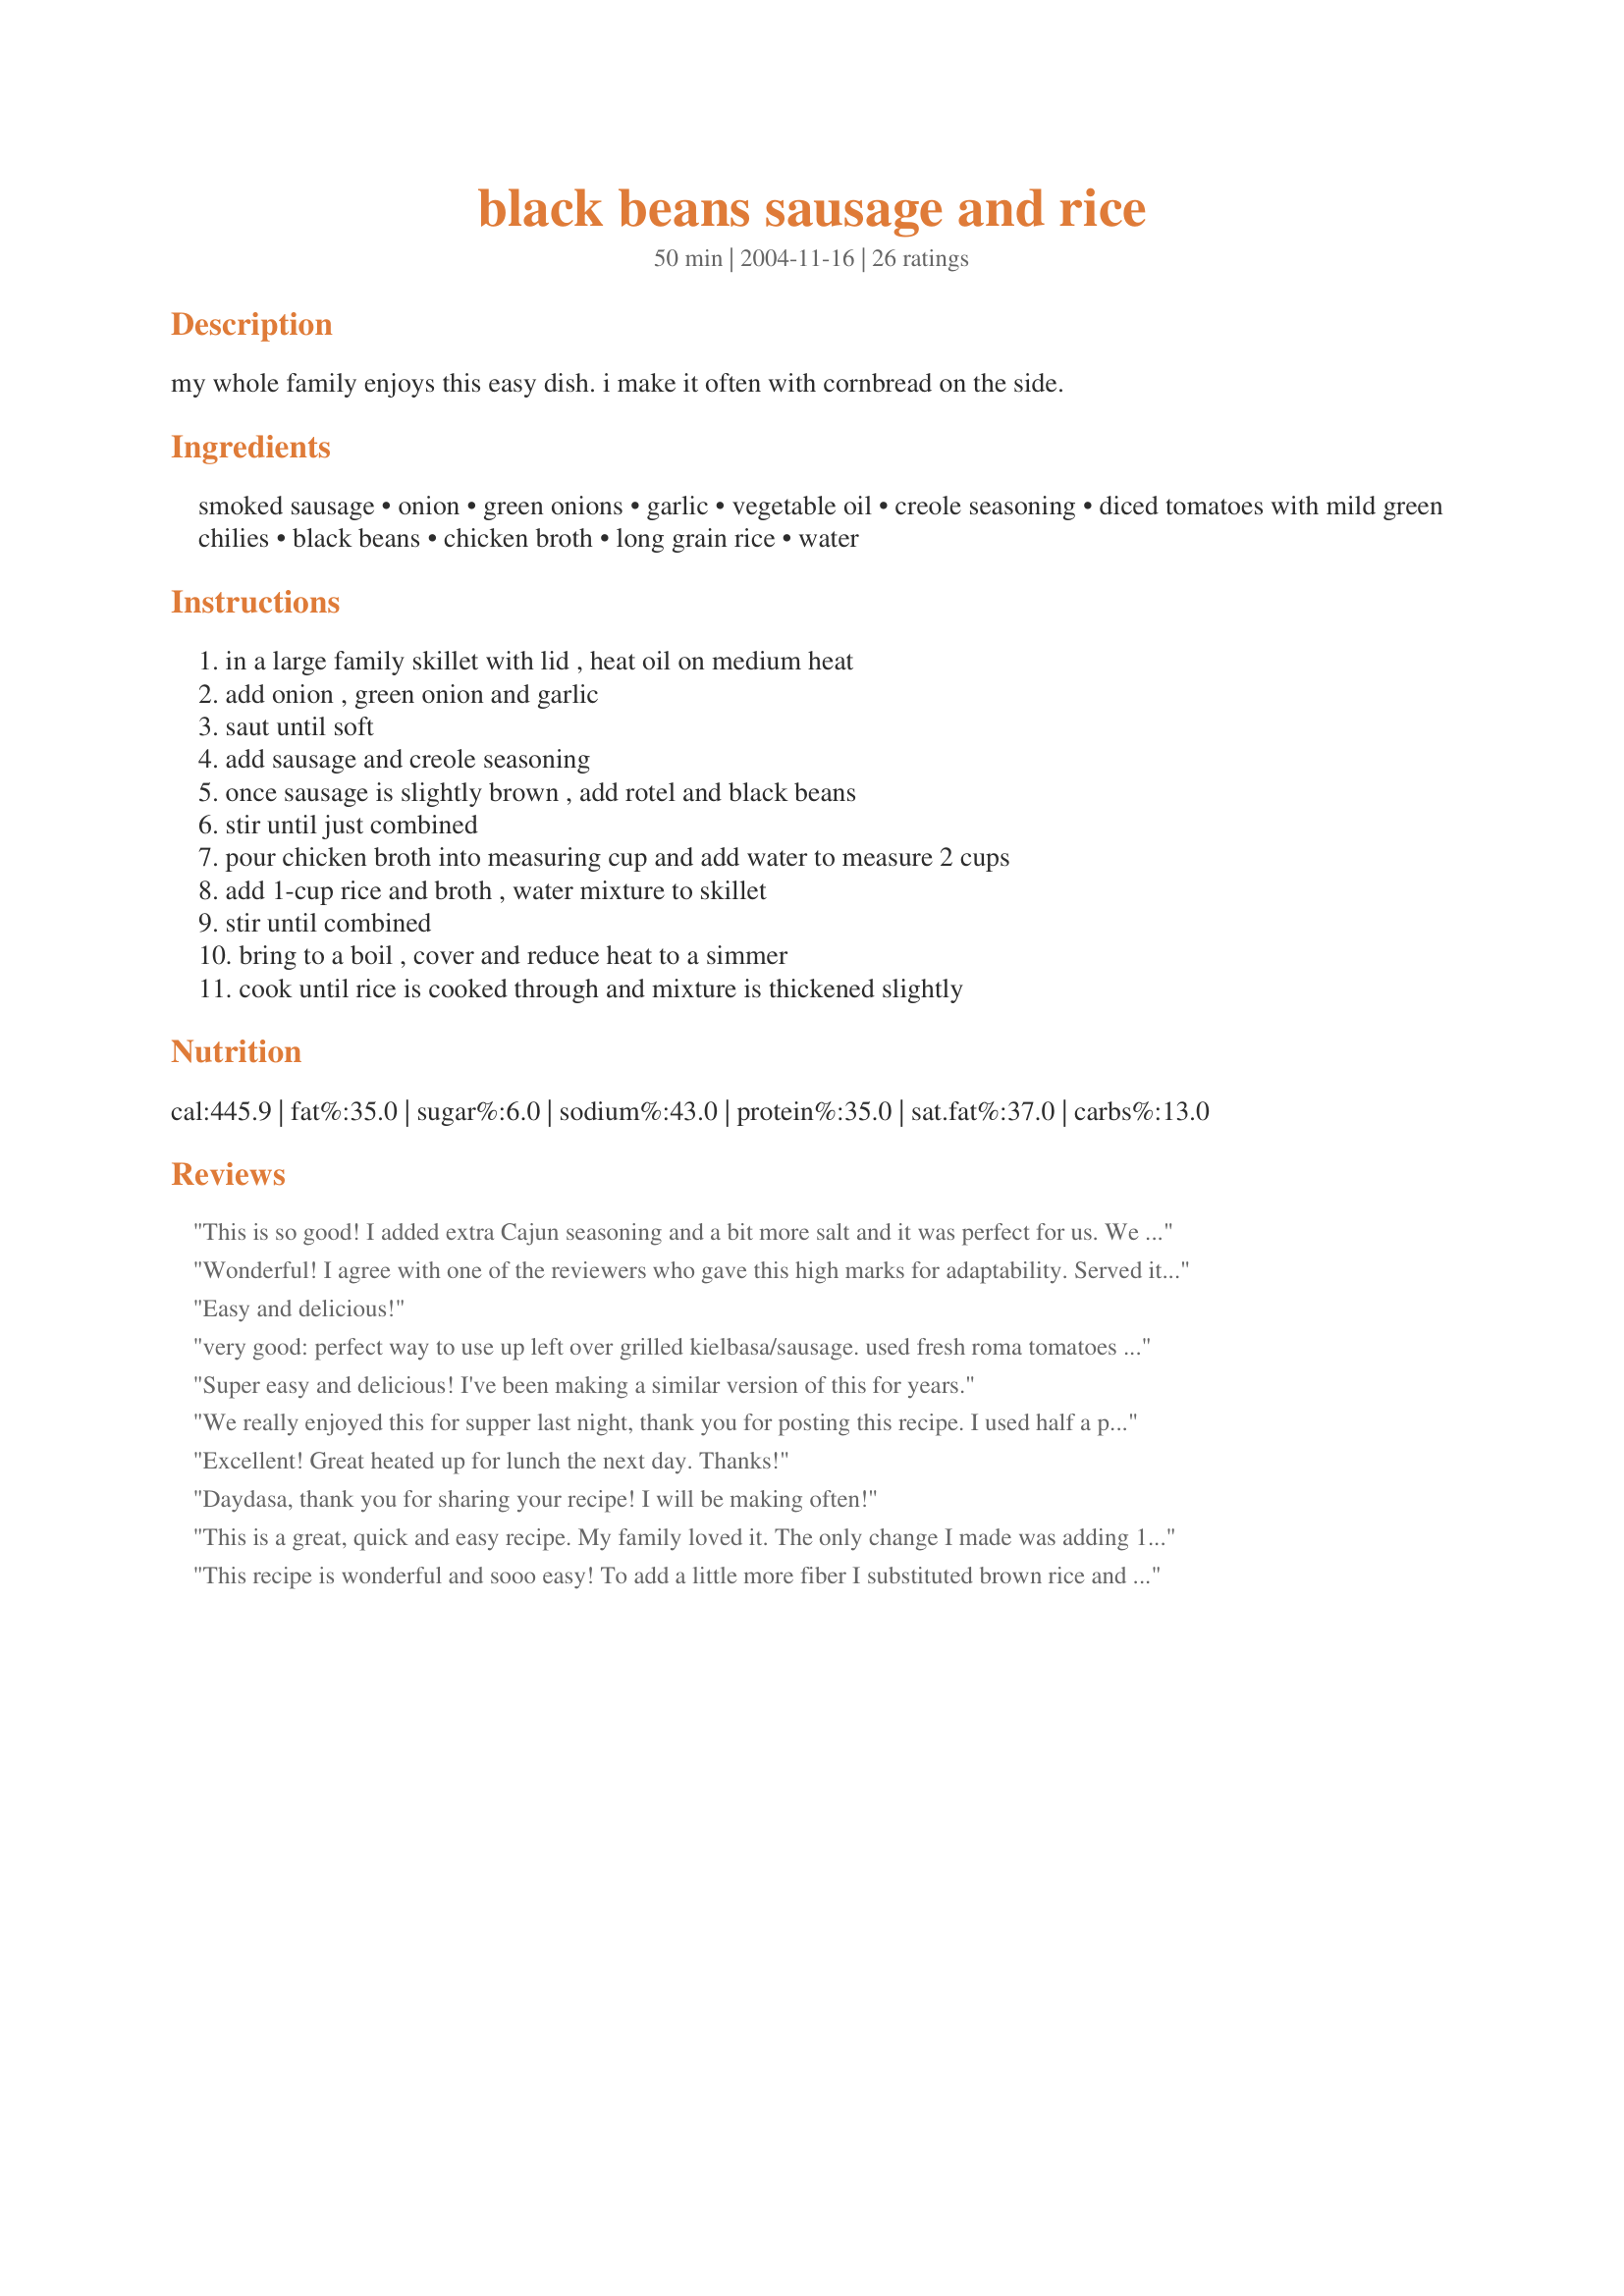
black beans sausage and rice
Preparation time: 50 minutes

my whole family enjoys this easy dish. i make it often with cornbread on the side.

Ingredients:
smoked sausage, onion, green onions, garlic, vegetable oil, creole seasoning, diced tomatoes with mild green chilies, black beans, chicken broth, long grain rice, water

Steps:
in a large family skillet with lid , heat oil on medium heat, add onion , green onion and garlic, saut until soft, add sausage and creole seasoning, once sausage is slightly brown , add rotel and black beans, stir until just combined, pour chicken broth into measuring cup and add water to measure 2 cups, add 1-cup rice and broth , water mixture to skillet, stir until combined, bring to a boil , cover and reduce heat to a simmer, cook until rice is cooked through and mixture is thickened slightly

Reviews:
This is so good! I added extra Cajun seasoning and a bit more salt and it was perfect for us. We used turkey kielbasa and kasmati rice so I had to add a little extra liquid. This one is definitely going in the regular rotation.
Wonderful! I agree with one of the reviewers who gave this high marks for adaptability. Served it in a bowl. Delightfully different, satisfying and easy. Can't wait to go after the leftovers tomorrow.
Easy and delicious!
very good: perfect way to use up left over grilled kielbasa/sausage. used fresh roma tomatoes in place of the canned and made the rice separately in the rice maker and then added when it was finished. very good. used emeri's cajun spice recipe from this site as well (#22089).
Super easy and delicious! I've been making a similar version of this for years.
We really enjoyed this for supper last night, thank you for posting this recipe. I used half a pound of Andouille sausage and it was plenty of meat for us. A wonderful, easy supper that I'm sure will appear on the table here often!
Excellent! Great heated up for lunch the next day. Thanks!
Daydasa, thank you for sharing your recipe! I will be making often!
This is a great, quick and easy recipe. My family loved it. The only change I made was adding 1 more pound of smoked sausage. It is really delicous. I WILL be making this again. Thanks!
This recipe is wonderful and sooo easy! To add a little more fiber I substituted brown rice and added another 1/2 cup. I also made it low fat by using smoked turkey sausage.I will definitely use this recipe again. Thanks!
Excellent spicy recipe. I used :Hot" Portuguese smoked sausage. I prepared most of the recipe ahead of time - right up to step 5 Had it simmering . Cut the stock/water back to 1 1/2 cups. added rice and stock to Sausage mixture turned off the heat, left it uncovered. One hour later and15 minutes before serving turned the heat to medium and finished cooking the rice. Excellent 1 dish meal. Thanks Daydasa for a very tasty meal
This recipe was great, very easy and quick to make. I tweaked by using already cooked brown rice, and shrimp instead of sausage. This recipe would be easy to add a lot of variations depending on what I have on hand. Thanks!
Made this dish several times. Very delicious and easy weeknight dinner. Used a smoked turkey kielbasa, brown rice and used extra creole seasoning (we like it hot). I drained the juice of the tomatoes and measured out the remaining liquid with chicken broth. Yum! Thanks for the great recipe Daydasa!
So so so so good and easy to make! My husband loved it and requested it to be cooked as often as possible! Thanks for posting!
Great recipe- I used kielbasa and to keep the dish from getting gummy, I rinsed the rice several times before adding it in. Thanks for a quick dinner idea that my son (who is allergic to eggs and milk) can have as well!
This was very quick and easy, not to mention cheap!. I used a box of Spanish rice. Thanks for the great recipe. We will be making this again!
Love the flavors in this dish. Not too spicy, just perfect. Thanks for a great recipe.
I made this recipe minus the onion. Because I used homemade chicken broth (which I make low sodium), I had to add about a 1/2 tsp of salt. This recipe is delicious. My can of Rotel was fire-roasted. I tell ya, the dish had quite a bit of kick! Lol. So, before you add hot sauce (which I would usually do), take a taste and see if it isn't spicy enough already. Thanks for posting this recipe. I will make it again.
We LOVED this recipe! I cooked the rice in the rice cooker with a can of chicken broth and then added it to the rest and let it simmer for about 15 mins. I also added a little more creole seasoning to mine.
Giving this 5 stars for adaptability since I didn't have all the listed ingredients but was able to use substitutions and still have a very good meal! 1. I forgot the garlic entirely. 2. Used just water instead of chicken broth. 3. Used fire roasted tomatoes instead of Rotel. 4. Did not have green onions.
This is a wonderful, easy recipe. We enjoyed it so much and thank you for posting. Shades of the Big Easy!
This was really good! I halved the recipe but still used 1 can of black beans and 1/2 tsp. Tony's seasoning. I didn't have any rotel, so I mixed a can of diced tomatoes and a can of green chiles and used a little of that. It worked out great!
Had the hubby make this one night when I had to make a grocery run. He substituted Emeril's BAM instead of the creole seasoning and he used wheat long grain rice which gave it a real hearty taste. I have been searching for recipes to use black beans because they are so healthy and this meal fit the bill. Great dish and very easy to make (according to hubby).
Great recipe! Easy and very yummy! I used a lean chicken, poblano, queso sausage from the local market and omitted the creole seasoning. Excellent!
used one tomato instead of the rotel. Otherwise, I made it just about as written. Very good.
This was quite good and easy to make. I used brown rice and low fat kielbasa and left out the green onions. It was a little soupy so next time I would factor the tomato liquid into the 2 cups of broth/water or maybe add some shredded cheese at the end. Also could add a can of Mexican corn. I will make this again.
